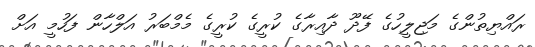
ރައްޔިތުންގެ މަޖިލީހުގެ ފޭދޫ ދާއިރާގެ ކުރީގެ ކުރީގެ މެމްބަރު އަލްހާން ފަހުމީ އަށް